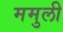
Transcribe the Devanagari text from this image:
ममुली